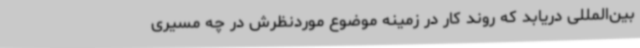
بین‌المللی دریابد که روند کار در زمینه موضوع موردنظرش در چه مسیری